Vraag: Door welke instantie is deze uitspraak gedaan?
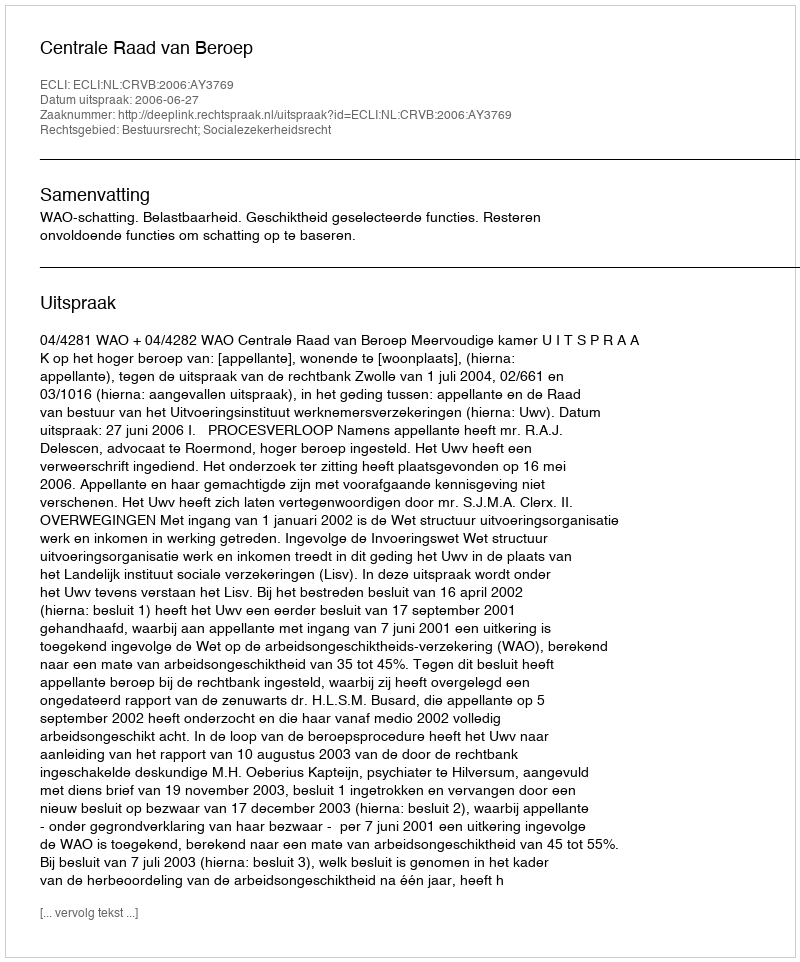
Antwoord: Centrale Raad van Beroep